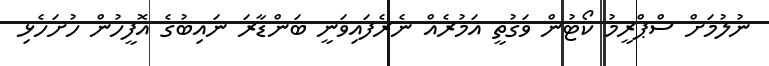
ނުލުމަށް ސްޕްރީމު ކޯޓުން ވަގުތީ އަމުރެއް ނެރެފައިވަނީ ބަންޑާރަ ނައިބުގެ އޮފީހުން ހުށަހެޅި